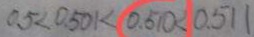
0 . 5 < 0 . 5 0 k < 0 . 5 1 0 < 0 . 5 1 1